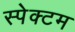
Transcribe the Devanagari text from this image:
स्पेक्टम